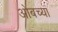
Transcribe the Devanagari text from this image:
ओबच्या